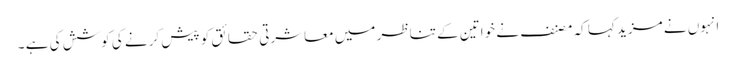
انہوں نے مزید کہا کہ مصنف نے خواتین کے تناظر میں معاشرتی حقائق کو پیش کرنے کی کوشش کی ہے ۔